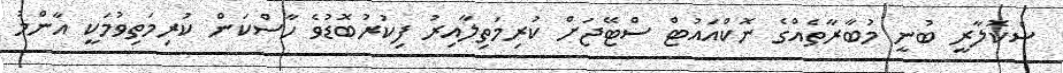
ސްކޮލާރީ ބުނީ މުބާރާތެއްގެ ނޮކްއައުޓް ސްޓޭޖަށް ކުރިމަތިލާއިރު ފިކުރުބޮޑުވެ ހާސްކަން ކުރިމަތިވުމަކީ އާންމު